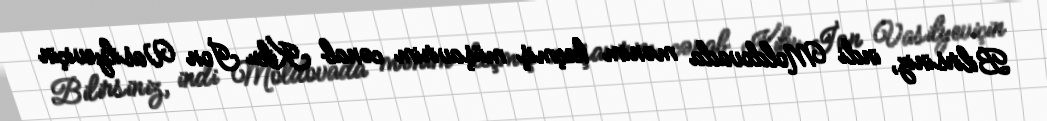
Bilirsiniz, indi Moldovada mənim keçmiş müşavirim cənab Kiku İon Vasilyeviçin